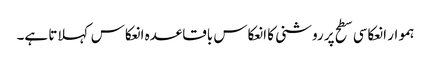
ہموار انعکاسی سطح پر روشنی کا انعکاس باقاعدہ انعکاس کہلاتا ہے۔